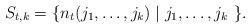
LaTeX: \begin{align*}S_{t,k} = \{ n_t(j_1,\ldots,j_k) \mid j_1,\ldots,j_k\ \}.\end{align*}